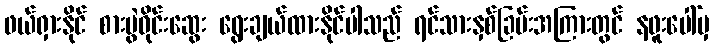
ဖယ်ရှားနိုင် စားပွဲဝိုင်းဆွေး ရွေးချယ်ထားနိုင်ပါသည် ရင်သားနှစ်ခြမ်းအကြားတွင် နဖူးပေါ်မှ